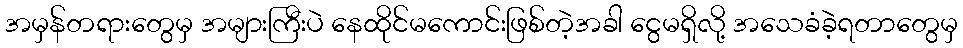
အမှန်တရားတွေမှ အများကြီးပဲ နေထိုင်မကောင်းဖြစ်တဲ့အခါ ငွေမရှိလို့ အသေခံခဲ့ရတာတွေမှ